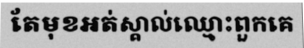
តែមុខអត់ស្គាល់ឈ្មោះពួកគេ